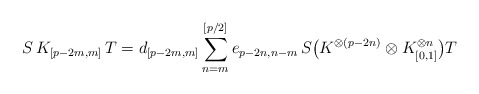
\begin{align*} S \, K_{[p-2m,m]} \, T = d_{[p-2m,m]} \sum_{n=m}^{[p/2]} e_{p-2n,n-m} \, S \bigl( K^{\otimes(p-2n)} \otimes K_{[0,1]}^{\otimes n} \bigr) T\end{align*}